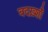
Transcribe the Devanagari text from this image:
बदख़्शाँ